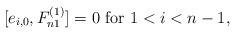
LaTeX: \begin{align*} [e_{i,0},F^{(1)}_{n1}]=0\ \mathrm{for}\ 1<i<n-1,\end{align*}